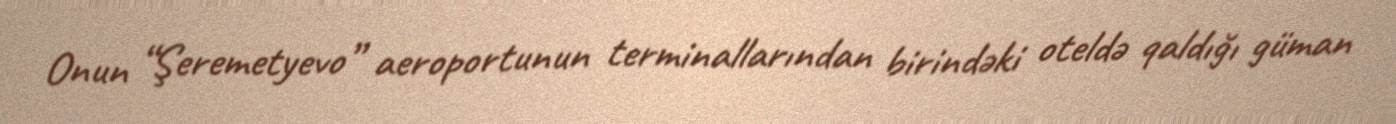
Onun “Şeremetyevo” aeroportunun terminallarından birindəki oteldə qaldığı güman